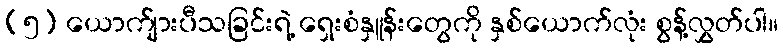
(၅) ယောက်ျားပီသခြင်းရဲ့ ရှေးစံနှူန်းတွေကို နှစ်ယောက်လုံး စွန့်လွှတ်ပါ။